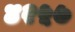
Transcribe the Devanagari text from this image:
४२५७